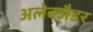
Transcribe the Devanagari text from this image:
अलेक्ज़ैडर